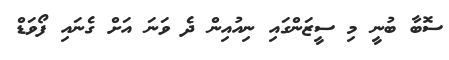
ސޮބާ ބުނީ މި ސީޒަންގައި ނިއުއިން ދެ ވަނަ އަށް ގެނައި ފޯވަޑް